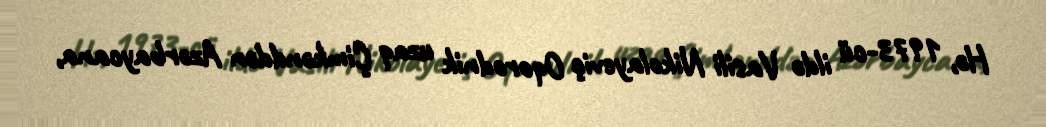
Hə, 1973-cü ildə Vasili Nikolayeviç Oqorodnik uzaq Çimkənddən Azərbaycana,